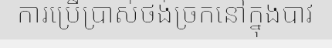
ការប្រើប្រាស់ថង់ច្រកនៅក្នុងបាវ